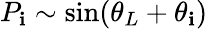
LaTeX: P_{\mathbf{i}}\sim\sin(\theta_{L}+\theta_{\mathbf{i}})